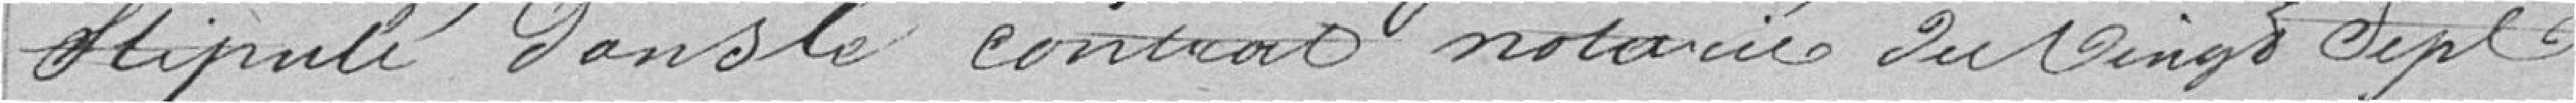
stipulé dans le contrat notarié du vingt sept